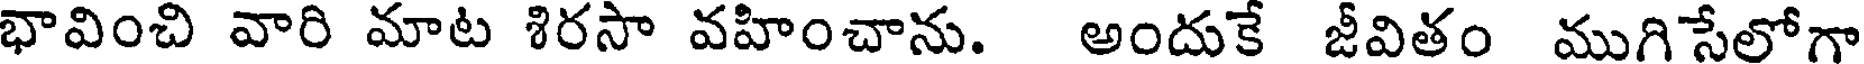
భావించి వారి మాట శిరసా వహించాను. అందుకే జీవితం ముగిసేలోగా